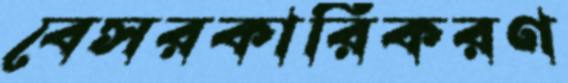
বেসরকারিকরণ